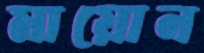
মায়োন